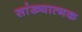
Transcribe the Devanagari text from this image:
सांख्यात्मक